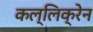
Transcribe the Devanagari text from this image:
कल्लिक्रेन